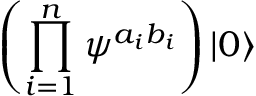
\left( \prod _ { i = 1 } ^ { n } \psi ^ { a _ { i } b _ { i } } \right) | 0 \rangle